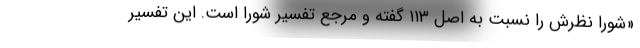
«شورا نظرش را نسبت به اصل ۱۱۳ گفته و مرجع تفسير شورا است. اين تفسير